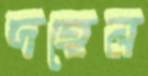
দহেন